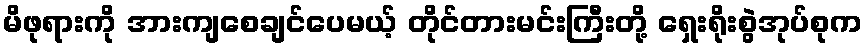
မိဖုရားကို အားကျစေချင်ပေမယ့် တိုင်တားမင်းကြီးတို့ ရှေးရိုးစွဲအုပ်စုက